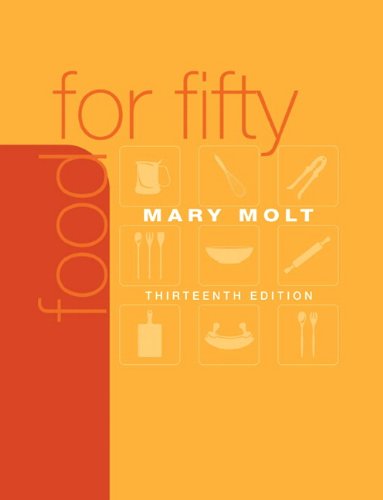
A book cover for Food for Fifty (13th Edition); Mary K. Molt; Business & Money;